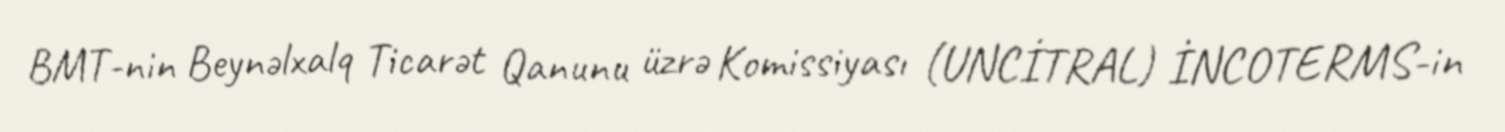
BMT-nin Beynəlxalq Ticarət Qanunu üzrə Komissiyası (UNCİTRAL) İNCOTERMS-in